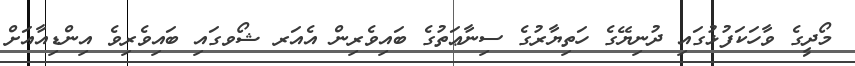
މޯދީގެ ވާހަކަފުޅުގައި ދުނިޔޭގެ ހަތިޔާރުގެ ސިނާޢަތުގެ ބައިވެރިން އެއަރ ޝޯވގައި ބައިވެރިވެ އިންޑިއާއަށް